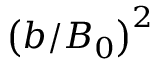
\left( b / B _ { 0 } \right) ^ { 2 }